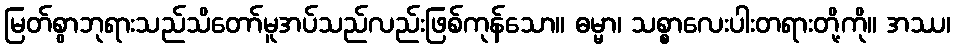
မြတ်စွာဘုရားသည်သိတော်မူအပ်သည်လည်းဖြစ်ကုန်သော။ ဓမ္မာ၊ သစ္စာလေးပါးတရားတို့ကို။ အဿ၊